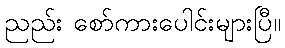
ညည်း စော်ကားပေါင်းများပြီ။